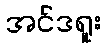
အင်ဒရူး